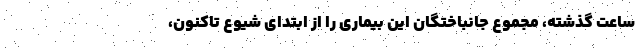
ساعت گذشته، مجموع جانباختگان این بیماری را از ابتدای شیوع تاکنون،